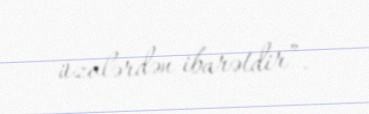
üzvlərdən ibarətdir”.